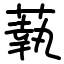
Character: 蓻